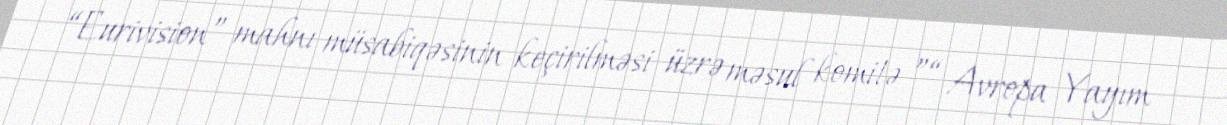
“Eurivision” mahnı müsabiqəsinin keçirilməsi üzrə məsul komitə ”“ Avropa Yayım